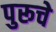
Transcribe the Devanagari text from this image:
पुरूचे